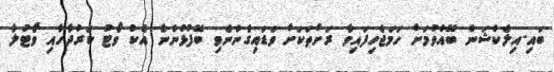
ބައި-އިލެކްޝަން ބޭއްވުމަށް ހަމަޖެހިފައިވާ ރަށްތަކަށް ވަޑައިގެންނެވި ބޭފުޅުންނާ އެކު ވޯޓު ކަރުދާހާއި ވޯޓުލާ